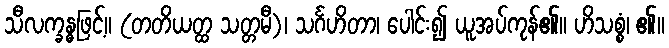
သီလက္ခန္ဓဖြင့်။ (တတိယတ္ထ သတ္တမီ)၊ သင်္ဂဟိတာ၊ ပေါင်း၍ ယူအပ်ကုန်၏။ ဟိသစ္စံ၊ ၏။